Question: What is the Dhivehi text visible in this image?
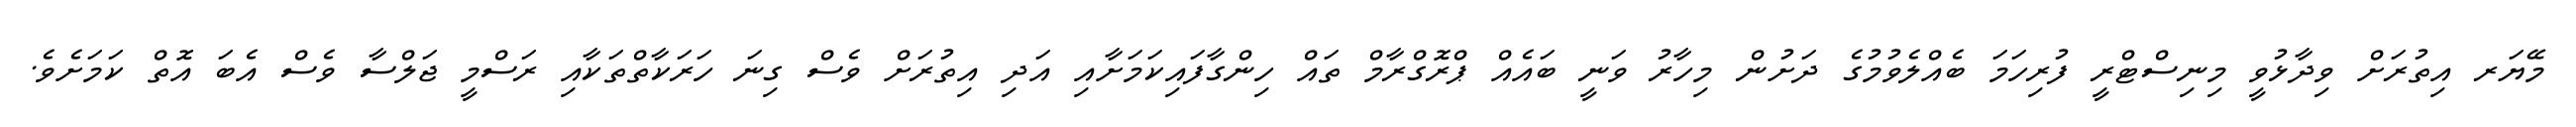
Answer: މޭޔަރ އިތުރަށް ވިދާޅުވީ މިނިސްޓްރީ ފުރިހަމަ ބެއްލެވުމުގެ ދަށުން މިހާރު ވަނީ ބައެއް ޕްރޮގްރާމް ތައް ހިންގާފައިކަމަށާއި އަދި އިތުރަށް ވެސް ގިނަ ހަރަކާތްތަކާއި ރަސްމީ ޖަލްސާ ވެސް އެބަ އޮތް ކަމަށެވެ.